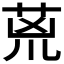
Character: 𮏇